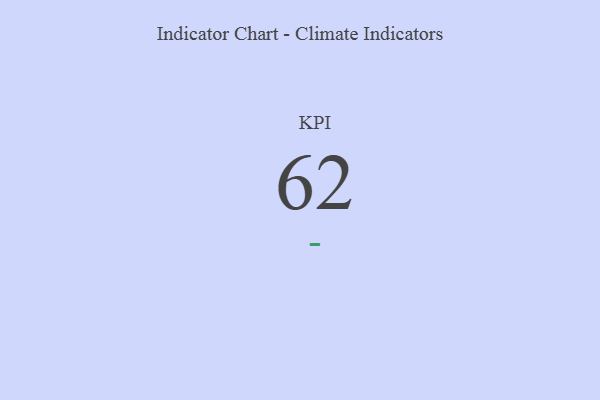
{"axis": {"x": "KPI", "y": "Value"}, "legend": [""], "data": [{"x": "KPI", "y": 62, "type": ""}]}